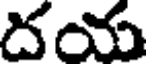
దయ